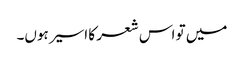
میں تو اس شعر کا اسیر ہوں۔